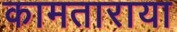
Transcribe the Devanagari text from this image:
कामताराया